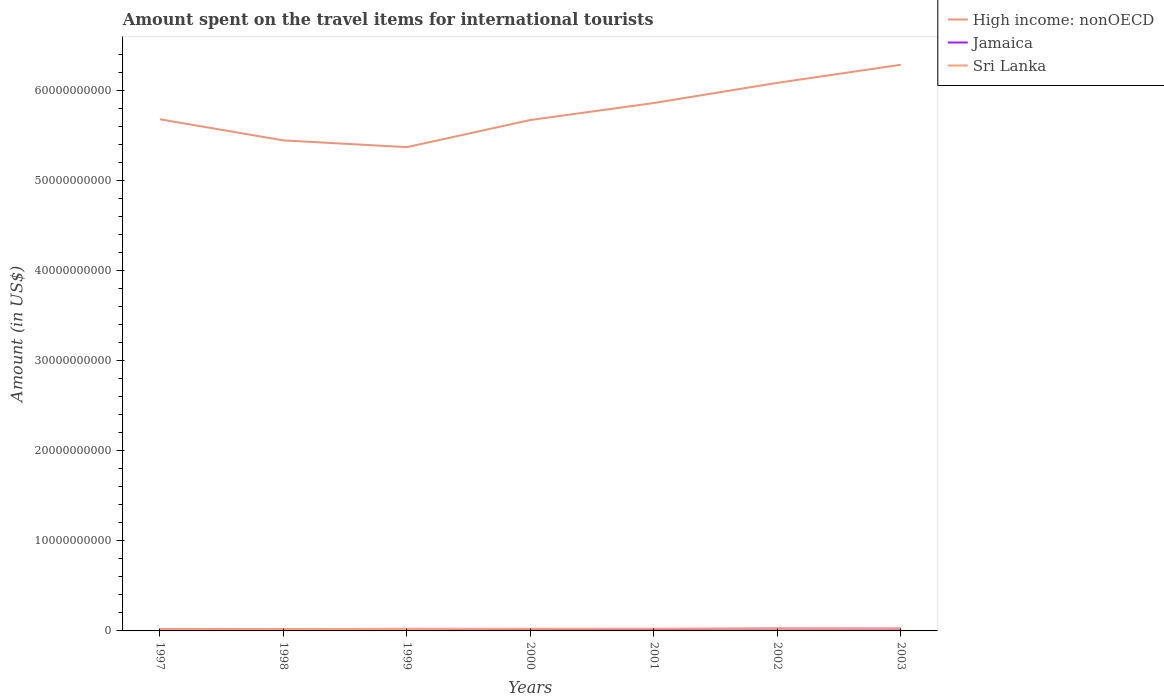
| Years | High income: nonOECD | Jamaica | Sri Lanka |
 | --- | --- | --- | --- |
 | 1997 | 5.68e+10 | 1.81e+08 | 1.8e+08 |
 | 1998 | 5.44e+10 | 1.98e+08 | 2.02e+08 |
 | 1999 | 5.37e+10 | 2.27e+08 | 2.18e+08 |
 | 2000 | 5.67e+10 | 2.09e+08 | 2.4e+08 |
 | 2001 | 5.86e+10 | 2.06e+08 | 2.5e+08 |
 | 2002 | 6.08e+10 | 2.58e+08 | 2.63e+08 |
 | 2003 | 6.28e+10 | 2.52e+08 | 2.79e+08 |